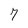
Character: 7